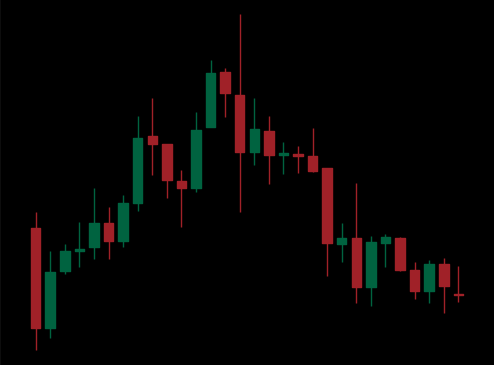
Pattern: unclassified